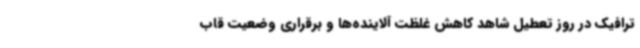
ترافیک در روز تعطیل شاهد کاهش غلظت آلاینده‌ها و برقراری وضعیت قاب